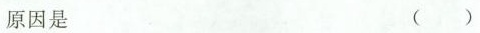
原因是 （ ）